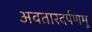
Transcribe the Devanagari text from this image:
अवतारदर्पणमु